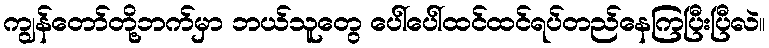
ကျွန်တော်တို့ဘက်မှာ ဘယ်သူတွေ ပေါ်ပေါ်ထင်ထင်ရပ်တည်နေကြပြီးပြီလဲ။